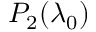
P _ { 2 } ( \lambda _ { 0 } )